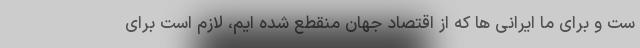
ست و برای ما ایرانی ها که از اقتصاد جهان منقطع شده ایم، لازم است برای